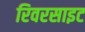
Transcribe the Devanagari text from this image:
रिवरसाइट